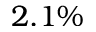
2 . 1 \%